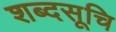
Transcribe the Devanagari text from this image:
शब्दसूचि